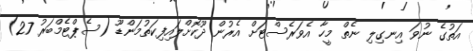
އަތުގެ ނުވަ އިނގިލި ނެތް މީހާ އެވަރެސްޓަށް އެރުން ދޫކޮށްލައިފިކަތުމަންޑޫ (ސެޕްޓެމްބަރު 27)